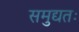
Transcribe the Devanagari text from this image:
समुद्यतः